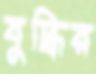
বুদ্ধির